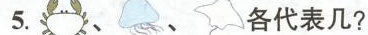
5.各代表几?